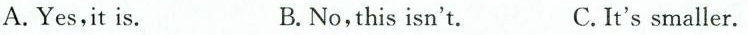
A.Yes,it is. B. No,this isn't. C. It's smaller.